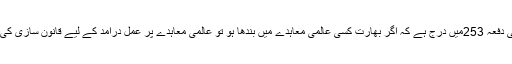
بھارتی آئین کی دفعہ 253میں درج ہے کہ اگر بھارت کسی عالمی معاہدے میں بندھا ہو تو عالمی معاہدے پر عمل درآمد کے لیے قانون سازی کی جا سکتی ہے۔